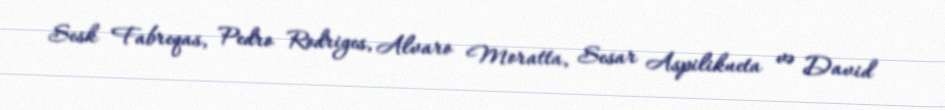
Sesk Fabreqas, Pedro Rodriges, Alvaro Moratta, Sesar Aspilikueta və David